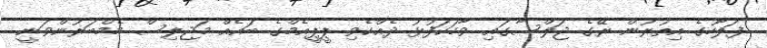
ފަލާހުގެ އިތުރުން ރޭގެ ޖަލްސާގައި ވާހަކަފުޅު ދެއްކެވި ޕީޕީއެމްގެ ބައެއް މަޖިލިސް މެމްބަރުންވަނީ